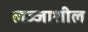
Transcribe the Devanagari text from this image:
लज्जाशील